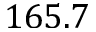
1 6 5 . 7